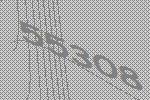
55308